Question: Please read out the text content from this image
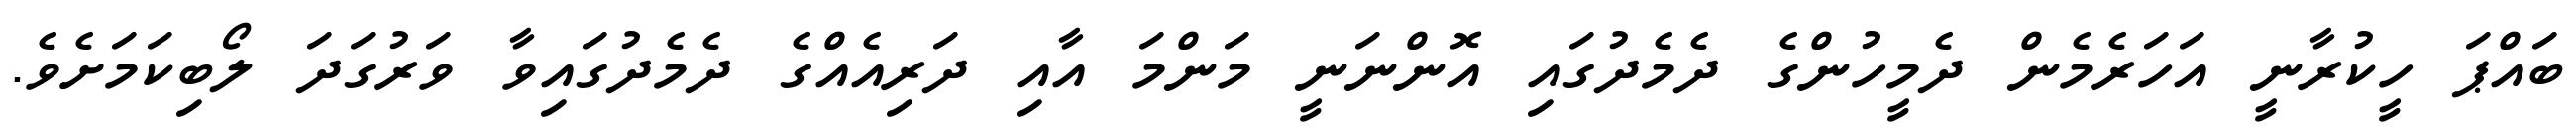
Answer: ބައްޕަ ހީކުރާނީ އަހަރެމެން ދެމީހުންގެ ދެމެދުގައި އޮންނަނީ މަންމަ އާއި ދަރިއެއްގެ ދެމެދުގައިވާ ވަރުގަދަ ލޯބިކަމަށެވެ.